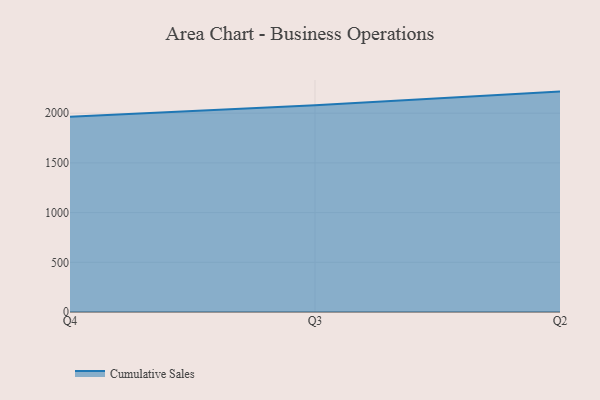
{"axis": {"x": "Quarter", "y": "Energy Usage (MWh)"}, "legend": ["Cumulative Sales"], "data": [{"x": "Q4", "y": 1963.0, "type": "Cumulative Sales"}, {"x": "Q3", "y": 2080.6, "type": "Cumulative Sales"}, {"x": "Q2", "y": 2217.1, "type": "Cumulative Sales"}]}